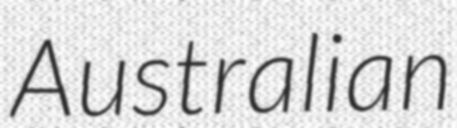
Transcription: Australian